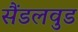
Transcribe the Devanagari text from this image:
सैंडलवुड